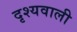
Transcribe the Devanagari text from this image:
दृश्यवाली